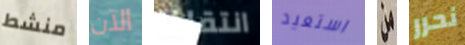
منشط الآن انتقلنا استعيد من نحرر